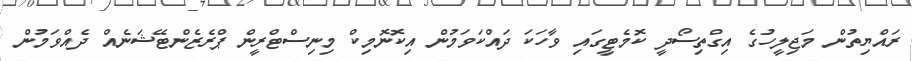
ރައްޔިތުން މަޖިލީހުގެ އިގްތިސޯދީ ކޮމެޓީގައި ވާހަކަ ދައްކަވަމުން އިކޮނޮމިކް މިނިސްޓްރީން ޕްރެޒެންޓޭޝަނެއް ދެއްވަމުން